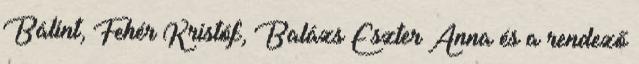
Bálint, Fehér Kristóf, Balázs Eszter Anna és a rendező